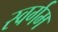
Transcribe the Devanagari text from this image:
स्वर्गम